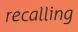
recalling